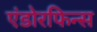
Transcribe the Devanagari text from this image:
एंडोरफिन्स